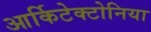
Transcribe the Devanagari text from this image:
आर्किटेक्टोनिया